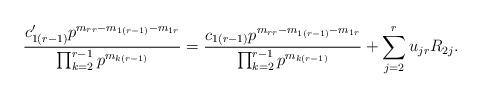
LaTeX: \begin{align*}\frac{c'_{1(r-1)} p^{m_{rr}-m_{1(r-1)}-m_{1r}}}{\prod_{k=2}^{r-1} p^{m_{k(r-1)}}} = \frac{c_{1(r-1)} p^{m_{rr}-m_{1(r-1)}-m_{1r}}}{\prod_{k=2}^{r-1} p^{m_{k(r-1)}}}+ \sum_{j=2}^r u_{jr} R_{2j}.\end{align*}